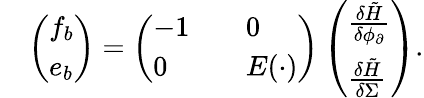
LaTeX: \begin{array}{rl}&{\left(\begin{array}{l}{f_{b}}\\ {e_{b}}\end{array}\right)=\left(\begin{array}{ll}{-1\quad}&{0}\\ {0\quad}&{E(\cdot)}\end{array}\right)\left(\begin{array}{l}{\frac{\delta\tilde{H}}{\delta\phi_{\partial}}}\\ {\frac{\delta\tilde{H}}{\delta\Sigma}}\end{array}\right).}\end{array}